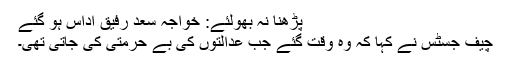
پڑھنا نہ بھولئے: خواجہ سعد رفیق اداس ہو گئے
چیف جسٹس نے کہا کہ وہ وقت گئے جب عدالتوں کی بے حرمتی کی جاتی تھی۔